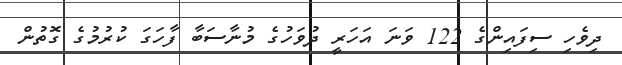
ދިވެހި ސިފައިންގެ 122 ވަނަ އަހަރީ ދުވަހުގެ މުނާސަބާ ފާހަގަ ކުރުމުގެ ގޮތުން